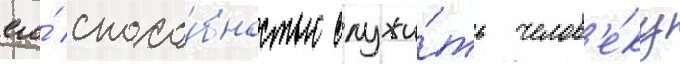
его́ спосо́бностью служи́ть челов'е́ку